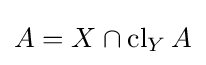
A=X\cap \operatorname {cl} _{Y}A